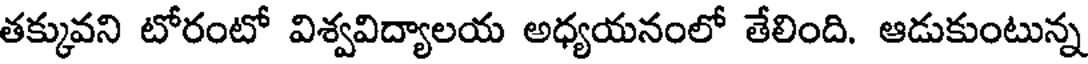
తక్కువని టోరంటో విశ్వవిద్యాలయ అధ్యయనంలో తేలింది. ఆడుకుంటున్న